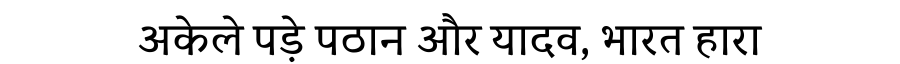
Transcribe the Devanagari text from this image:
अकेले पड़े पठान और यादव, भारत हारा